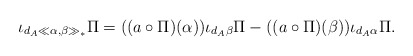
\begin{align*} \iota_{d_A\ll \alpha,\beta\gg_\ast}\Pi=((a\circ\Pi)(\alpha))\iota_{d_A\beta}\Pi- ((a\circ\Pi)(\beta))\iota_{d_A\alpha}\Pi.\end{align*}